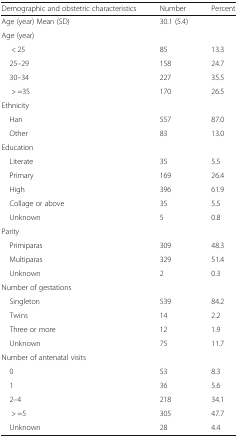
<table><thead><tr><td><b>Demographic and obstetric characteristics</b></td><td><b>Number</b></td><td><b>Percent</b></td></tr></thead><tbody><tr><td>Age (year) Mean (SD)</td><td>30.1 (5.4)</td><td></td></tr><tr><td>Age (year)</td><td></td><td></td></tr><tr><td>&lt; 25</td><td>85</td><td>13.3</td></tr><tr><td> 25–29</td><td>158</td><td>24.7</td></tr><tr><td> 30–34</td><td>227</td><td>35.5</td></tr><tr><td>&gt; =35</td><td>170</td><td>26.5</td></tr><tr><td colspan="3">Ethnicity</td></tr><tr><td> Han</td><td>557</td><td>87.0</td></tr><tr><td> Other</td><td>83</td><td>13.0</td></tr><tr><td colspan="3">Education</td></tr><tr><td> Literate</td><td>35</td><td>5.5</td></tr><tr><td> Primary</td><td>169</td><td>26.4</td></tr><tr><td> High</td><td>396</td><td>61.9</td></tr><tr><td> Collage or above</td><td>35</td><td>5.5</td></tr><tr><td> Unknown</td><td>5</td><td>0.8</td></tr><tr><td colspan="3">Parity</td></tr><tr><td> Primiparas</td><td>309</td><td>48.3</td></tr><tr><td> Multiparas</td><td>329</td><td>51.4</td></tr><tr><td> Unknown</td><td>2</td><td>0.3</td></tr><tr><td colspan="3">Number of gestations</td></tr><tr><td> Singleton</td><td>539</td><td>84.2</td></tr><tr><td> Twins</td><td>14</td><td>2.2</td></tr><tr><td> Three or more</td><td>12</td><td>1.9</td></tr><tr><td> Unknown</td><td>75</td><td>11.7</td></tr><tr><td colspan="3">Number of antenatal visits</td></tr><tr><td> 0</td><td>53</td><td>8.3</td></tr><tr><td> 1</td><td>36</td><td>5.6</td></tr><tr><td> 2–4</td><td>218</td><td>34.1</td></tr><tr><td>&gt; =5</td><td>305</td><td>47.7</td></tr><tr><td> Unknown</td><td>28</td><td>4.4</td></tr></tbody></table>